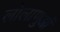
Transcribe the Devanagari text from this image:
लोलाणुओं